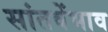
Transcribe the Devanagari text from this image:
सांतवेंभाव